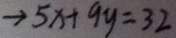
\rightarrow 5 x + 9 y = 3 2